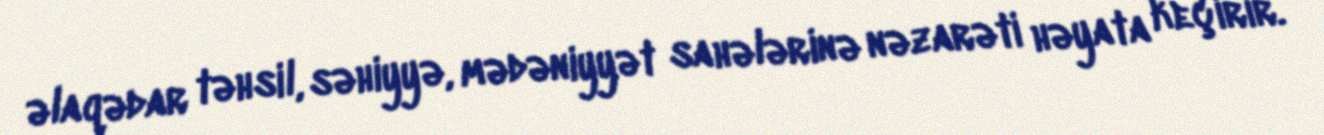
əlaqədar təhsil, səhiyyə, mədəniyyət sahələrinə nəzarəti həyata keçirir.